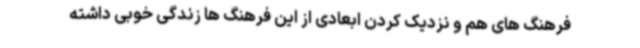
فرهنگ های هم و نزدیک کردن ابعادی از این فرهنگ ها زندگی خوبی داشته